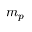
m _ { p }